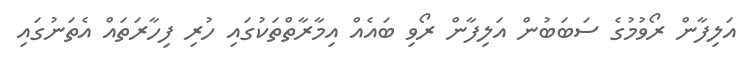
އަލިފާން ރޯވުމުގެ ސަބަބުން އަލިފާން ރޯވި ބައެއް އިމާރާތްތަކުގައި ހުރި ފިހާރަތައް އެތަނުގައި